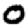
Digit: 0